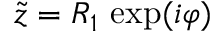
\tilde { z } = R _ { 1 } \ \mathrm { e x p } ( i \varphi )